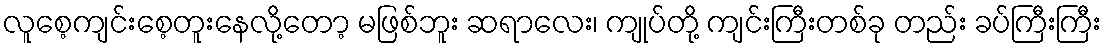
လူစေ့ကျင်းစေ့တူးနေလို့တော့ မဖြစ်ဘူး ဆရာလေး၊ ကျုပ်တို့ ကျင်းကြီးတစ်ခု တည်း ခပ်ကြီးကြီး